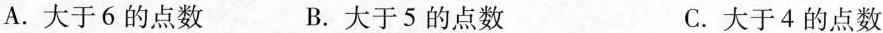
A. 大于 6 的点数 B. 大于 5 的点数 C. 大于 4 的点数